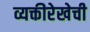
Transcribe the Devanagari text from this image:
व्यक्तीरेखेची